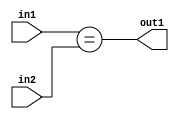
`timescale 1ps / 1ps
/*****************************************************************************
    Verilog RTL Description
    
    
    Created by: Stratus DpOpt 2019.1.01 
*******************************************************************************/

module cache_Equal_8Ux2U_1U_4_1 (
	in2,
	in1,
	out1
	); /* architecture "behavioural" */ 
input [7:0] in2;
input [1:0] in1;
output  out1;
wire  asc001;

assign asc001 = (in1==in2);

assign out1 = asc001;
endmodule

/* CADENCE  urnxSA4= : u9/ySgnWtBlWxVPRXgAZ4Og= ** DO NOT EDIT THIS LINE ******/